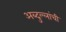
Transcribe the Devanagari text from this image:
अब्दुल्लांची